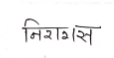
मजकूर: निरागस